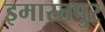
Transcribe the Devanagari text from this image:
इमारतपुर